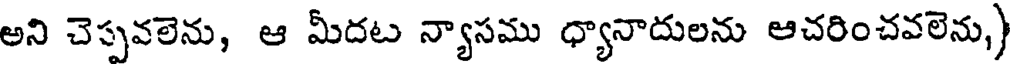
అని చెప్పవలెను, ఆ మీదట న్యాసము ధ్యానాదులను ఆచరించవలెను,)